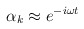
\begin{align*}\alpha _k\approx e^{-i\omega t} \end{align*}